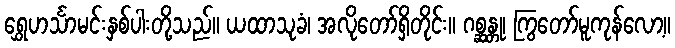
ရွှေဟင်္သာမင်းနှစ်ပါးတို့သည်။ ယထာသုခံ၊ အလိုတော်ရှိတိုင်း။ ဂစ္ဆန္တု၊ ကြွတော်မူကုန်လော့။